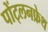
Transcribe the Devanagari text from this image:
पोंट्लनफ्रेथ